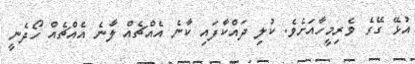
އުޅޭ ގޭގެ ވެރިމީހާއަށެވެ. ކުލި ދައްކާފައި ކާނެ އެއްޗެއް ލާނެ އެއްޗެއް ހޯދެނީ